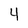
Character: 4